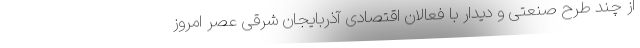
از چند طرح صنعتی و دیدار با فعالان اقتصادی آذربایجان شرقی عصر امروز